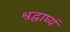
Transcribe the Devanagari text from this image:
श्रद्धार्घ्य